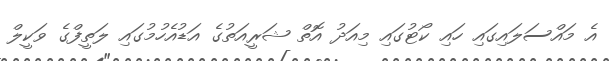
އެ މައްސަލައިގައި ހައި ކޯޓުގައި މިއަދު އޮތް ޝަރީއަތުގެ އަޑުއެހުމުގައި ލަތީފްގެ ވަކީލް